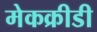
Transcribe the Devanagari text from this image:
मेकक्रीडी